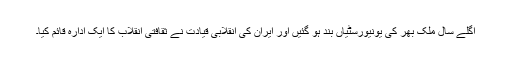
اگلے سال ملک بھر کی یونیورسٹیاں بند ہو گئیں اور ایران کی انقلابی قیادت نے ثقافتی انقلاب کا ایک ادارہ قائم کیا۔